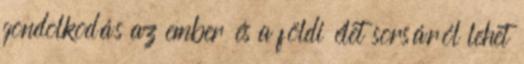
gondolkodás az ember és a földi élet sorsáról lehet